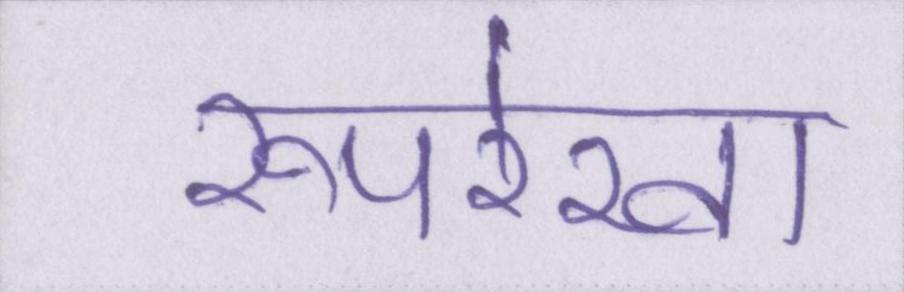
रूपरेखा